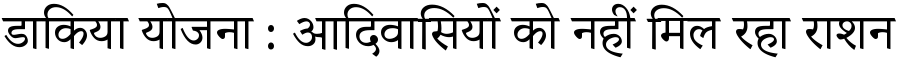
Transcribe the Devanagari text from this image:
डाकिया योजना : आदिवासियों को नहीं मिल रहा राशन